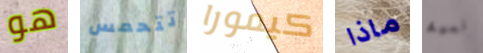
هو تتحمس كيمورا ماذا نعمة